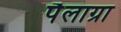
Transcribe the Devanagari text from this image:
पैलाग्रा